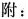
附：